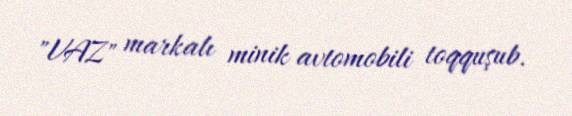
"VAZ" markalı minik avtomobili toqquşub.